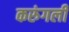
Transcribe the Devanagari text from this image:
करुंगली